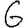
Digit: 6